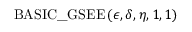
\mathrm { B A S I C \_ G S E E } \left( \epsilon , \delta , \eta , 1 , 1 \right)